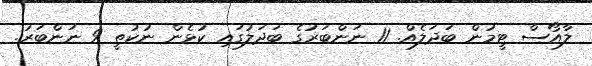
ލާއޯސް ޓީމުން ބަދަލެއް. 11 ނަންބަރުގެ ބަދަލުގައި ކުޅެން ނުކުތީ 9 ނަންބަރު.